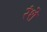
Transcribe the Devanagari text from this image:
रंशे